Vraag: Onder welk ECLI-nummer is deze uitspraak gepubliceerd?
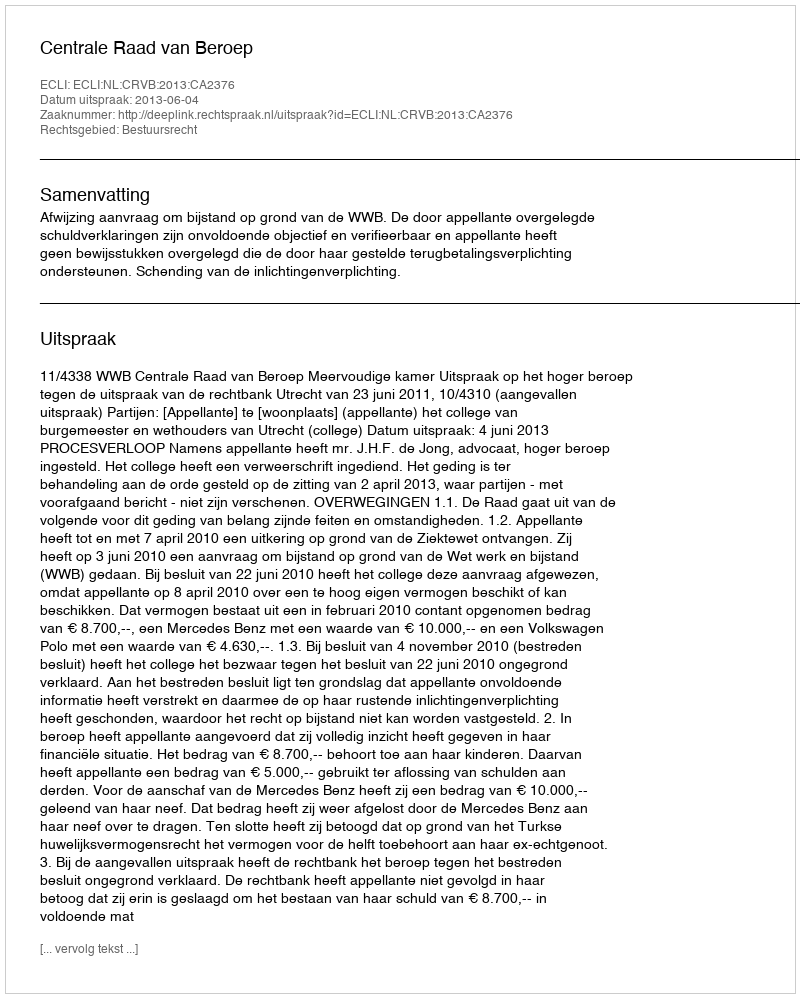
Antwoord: ECLI:NL:CRVB:2013:CA2376